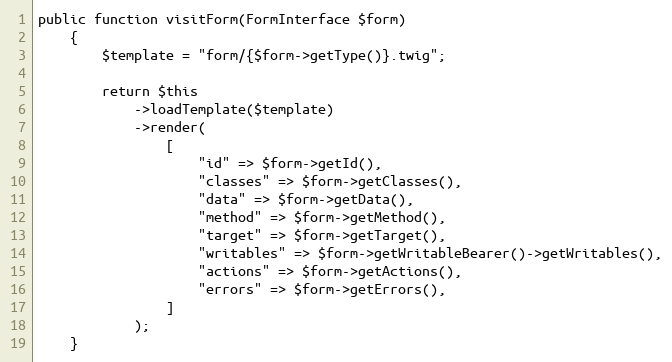
Language: PHP
public function visitForm(FormInterface $form)
    {
        $template = "form/{$form->getType()}.twig";

        return $this
            ->loadTemplate($template)
            ->render(
                [
                    "id" => $form->getId(),
                    "classes" => $form->getClasses(),
                    "data" => $form->getData(),
                    "method" => $form->getMethod(),
                    "target" => $form->getTarget(),
                    "writables" => $form->getWritableBearer()->getWritables(),
                    "actions" => $form->getActions(),
                    "errors" => $form->getErrors(),
                ]
            );
    }